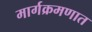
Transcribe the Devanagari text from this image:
मार्गक्रमणात